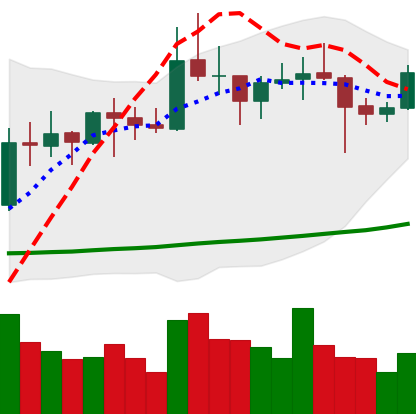
Ticker: XRP-USD
Chart end date: 2021-10-20
Forward return: -4.129%
Label: down_3_5